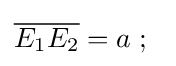
{\overline {E_{1}E_{2}}}=a\;;\;\;